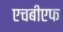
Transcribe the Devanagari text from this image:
एचबीएफ